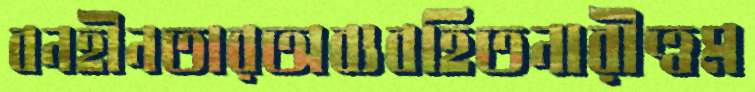
বনহীনতারঅব্যবহিতনারীত্বম